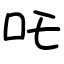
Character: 吒